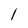
Character: l